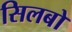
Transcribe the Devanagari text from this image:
सिलबो